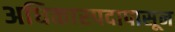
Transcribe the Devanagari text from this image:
अधिकारपदापासून